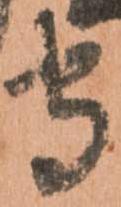
守